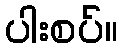
ပါးစပ်။